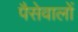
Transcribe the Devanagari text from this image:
पैसेवालों